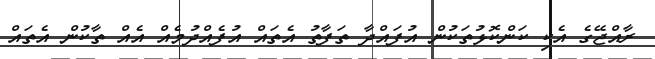
ރާއްޖޭގެ އެކި ކަންކޮޅުތަކުން އުފައްދާ ތަފާތު އެތައް އުފެއްދުމެއް އެއް ތާކުން އެތައް